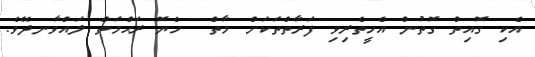
އެކި ގޮއިތް ގޮތުން އެހީތެރިވި ފަރާތްތަކަށް މާތް  ހެޔޮ ރަޙްމަތް ލައްވާނދޭވެ.